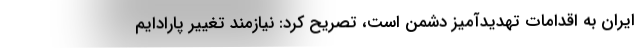
ایران به اقدامات تهدیدآمیز دشمن است، تصریح کرد: نیازمند تغییر پارادایم